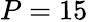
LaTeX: P=15